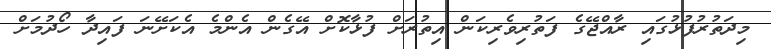
މިދަތުރުފުޅުގައި ރާއްޖޭގެ ފަތުރިވެރިކަން އިތުރަށް ފުޅާކޮށް އޭގެން އެންމެ އެކަށޭނަ ފައިދާ ހޯދުމަށް